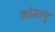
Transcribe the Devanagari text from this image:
कोमाथु